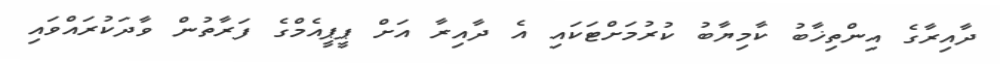
ދާއިރާގެ އިންތިޚާބު ކާމިޔާބު ކުރުމަށްޓަކައި އެ ދާއިރާ އަށް ޕީޕީއެމްގެ ފަރާތުން ވާދަކުރައްވައި